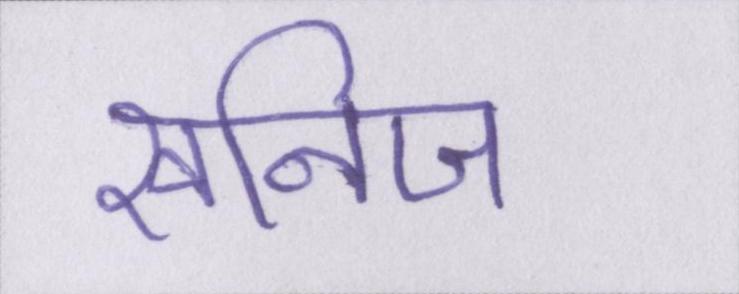
खनिज